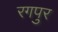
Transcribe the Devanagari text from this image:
रगपुर